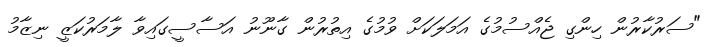
"ސަރުކާރުން ހިންގި ޖެއްސުމުގެ އަމަލަކަށް ވުމުގެ އިތުރުން ގާނޫނު އަސާސީގައިވާ ލާމަރުކަޒީ ނިޒާމު